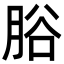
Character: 𦛱